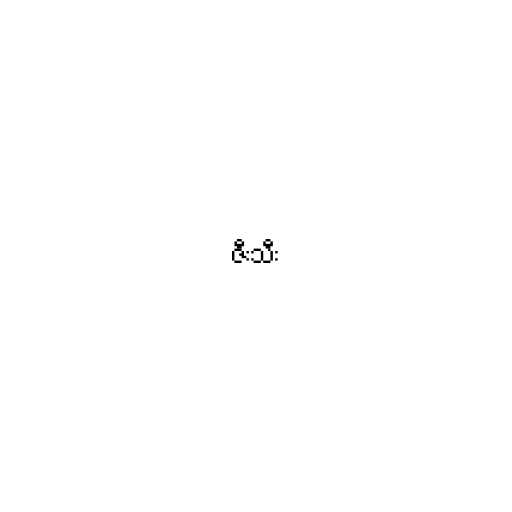
ဇီးသီး